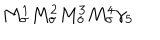
LaTeX: M _ { \sigma } ^ { 1 } M _ { \sigma } ^ { 2 } M _ { \sigma } ^ { 3 } M _ { \sigma } ^ { 4 } \gamma _ { 5 }